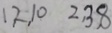
1 , 2 , 1 0 2 , 3 , 8